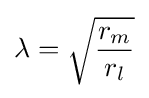
\lambda ={\sqrt {\frac {r_{m}}{r_{l}}}}